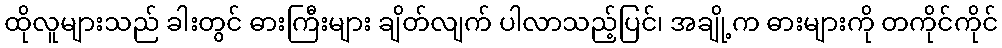
ထိုလူများသည် ခါးတွင် ဓားကြီးများ ချိတ်လျက် ပါလာသည့်ပြင်၊ အချို့က ဓားများကို တကိုင်ကိုင်